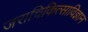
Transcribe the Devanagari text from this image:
जराचिकित्साविज्ञान